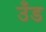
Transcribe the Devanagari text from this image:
उँड